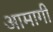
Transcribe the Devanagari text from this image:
आमागी